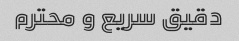
دقیق سریع و محترم